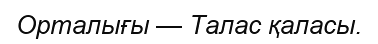
Орталығы — Талас қаласы.